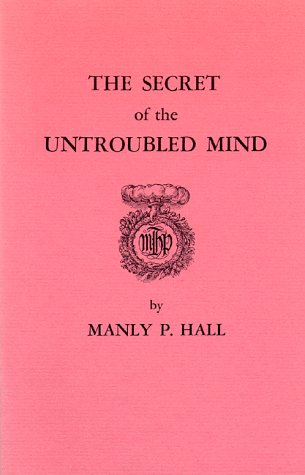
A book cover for Secret of the Untroubled Mind; Manly P. Hall; Self-Help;